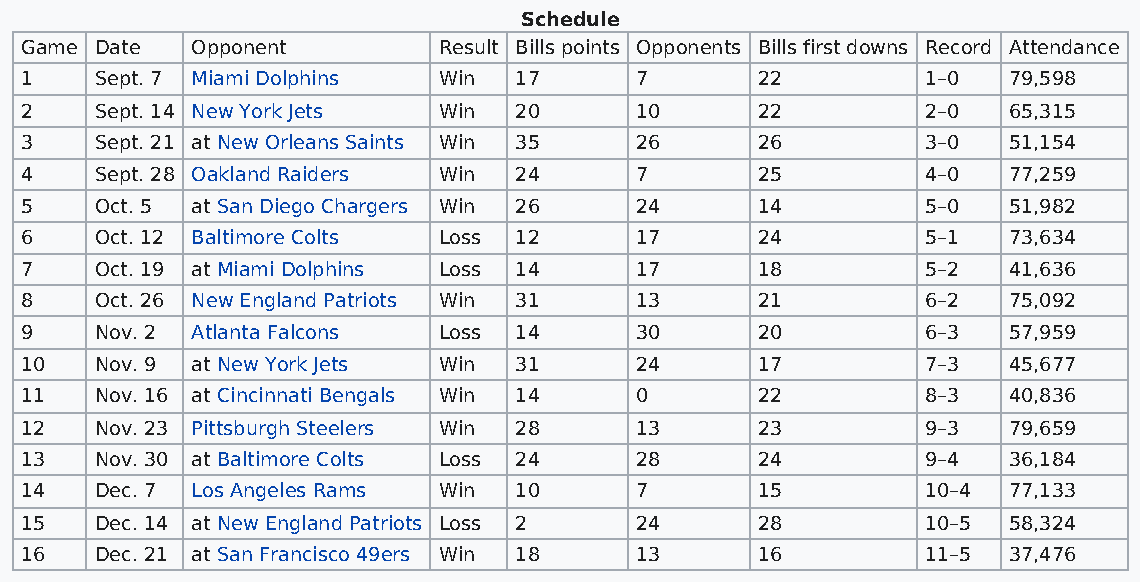
Schedule
 Game Date   Opponent        Result Bills points Opponents Bills first downs Record Attendance
 1    Sept. 7 Miami Dolphins Win  17      7       22         1–0   79,598
 2    Sept. 14 New York Jets Win  20      10      22         2–0   65,315
 3    Sept. 21 at New Orleans Saints Win 35 26    26         3–0   51,154
 4    Sept. 28 Oakland Raiders Win 24     7       25         4–0   77,259
 5    Oct. 5 at San Diego Chargers Win 26 24      14         5–0   51,982
 6    Oct. 12 Baltimore Colts Loss 12     17      24         5–1   73,634
 7    Oct. 19 at Miami Dolphins Loss 14   17      18         5–2   41,636
 8    Oct. 26 New England Patriots Win 31 13      21         6–2   75,092
 9    Nov. 2 Atlanta Falcons Loss 14      30      20         6–3   57,959
 10   Nov. 9 at New York Jets Win 31      24      17         7–3   45,677
 11   Nov. 16 at Cincinnati Bengals Win 14 0      22         8–3   40,836
 12   Nov. 23 Pittsburgh Steelers Win 28  13      23         9–3   79,659
 13   Nov. 30 at Baltimore Colts Loss 24  28      24         9–4   36,184
 14   Dec. 7 Los Angeles Rams Win 10      7       15         10–4  77,133
 15   Dec. 14 at New England Patriots Loss 2 24   28         10–5  58,324
 16   Dec. 21 at San Francisco 49ers Win 18 13    16         11–5  37,476